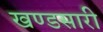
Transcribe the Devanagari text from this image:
खण्डसारी